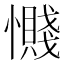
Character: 𫻔